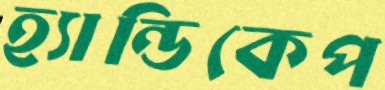
হ্যান্ডিকেপ